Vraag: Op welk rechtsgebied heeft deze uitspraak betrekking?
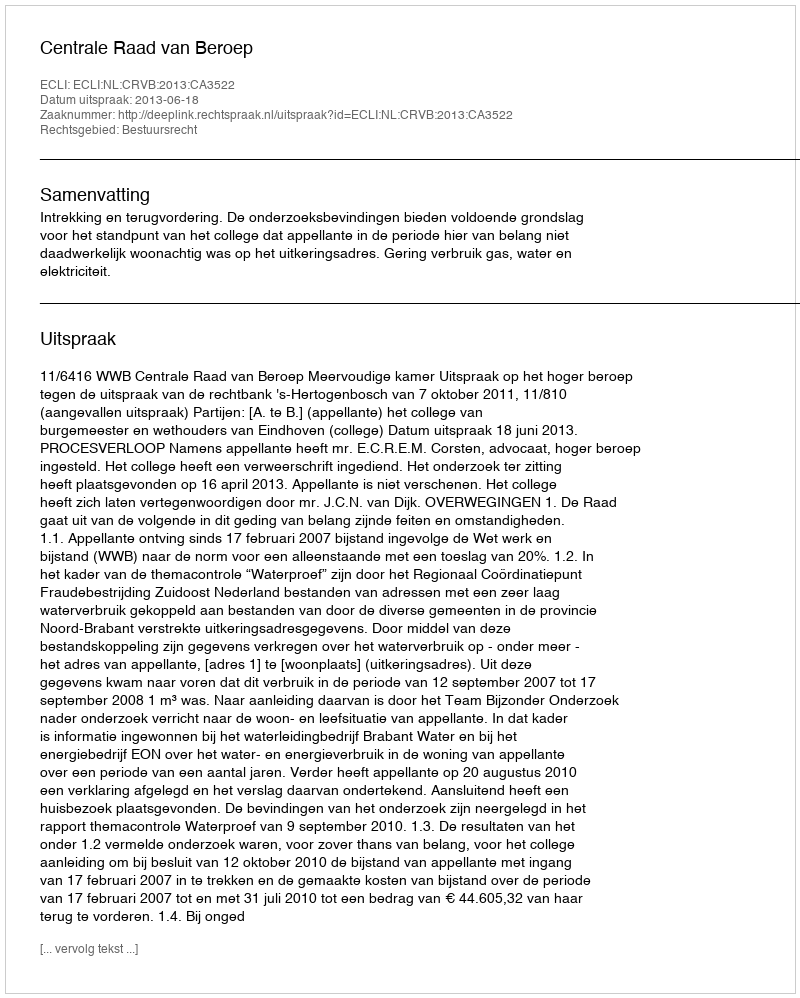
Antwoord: Bestuursrecht